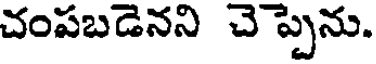
చంపబడెనని చెప్పెను.